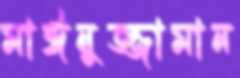
মাঈনুজ্জামান